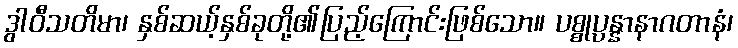
ဒွါဝီသတိမာ၊ နှစ်ဆယ့်နှစ်ခုတို့၏ပြည့်ကြောင်းဖြစ်သော။ ပစ္စုပ္ပန္နာနာဂတာနံ၊